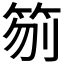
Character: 𥬼